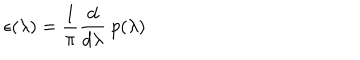
\epsilon ( \lambda ) = { \frac { 1 } { \pi } } { \frac { d } { d \lambda } } \ p ( \lambda )